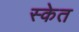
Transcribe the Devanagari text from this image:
स्केत